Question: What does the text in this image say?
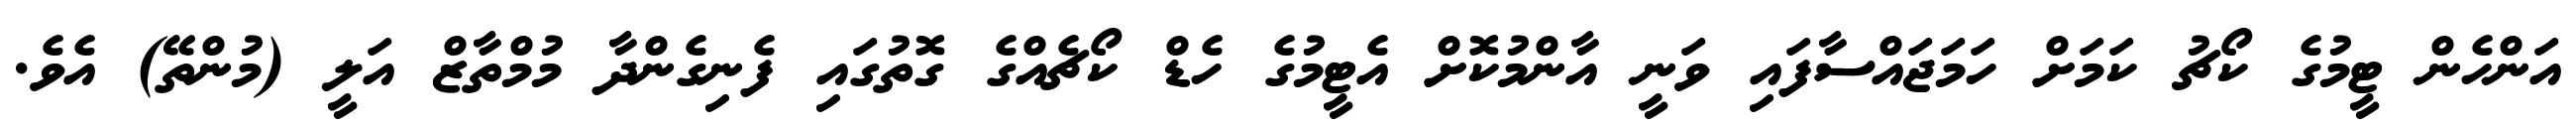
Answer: އަންހެން ޓީމުގެ ކޯޗު ކަމަށް ހަމަޖައްސާފައި ވަނީ އާންމުކޮށް އެޓީމުގެ ހެޑް ކޯޗެއްގެ ގޮތުގައި ފެނިގެންދާ މުމްތާޒް އަލީ (މުންތޭ) އެވެ.